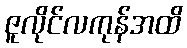
ဇူလိုင်လကုန်အထိ